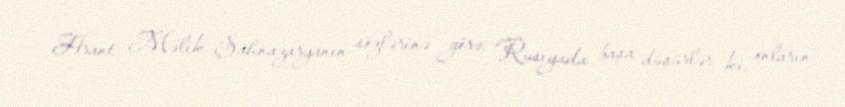
Hrant Məlik-Şahnazaryanın sözlərinə görə, “Rusiyada başa düşürlər ki, onların